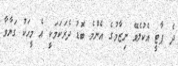
ދެ ޕާޓީ އެކުލެވޭ ނިޒާމުގެ އެންމެ ބޮޑު ދެރަކަމަކީ އެ މީހަކު ގަޔާވާ